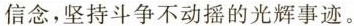
信念，坚持斗争不动摇的光辉事迹。